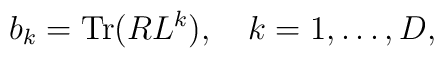
b_{k}={\rm Tr}(RL^{k}), \quad  k=1,\ldots,D,